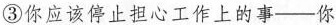
③你应该停止担心工作上的事——你